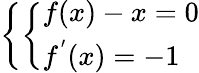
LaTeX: \left\{ \left\{ \begin{array}{ll}{{f(x)-x=0}}\\ {{f^{'}(x)=-1}}\end{array}\right.\right.